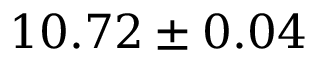
1 0 . 7 2 \pm 0 . 0 4